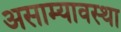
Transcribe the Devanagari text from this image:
असाम्यावस्था